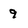
Character: 9